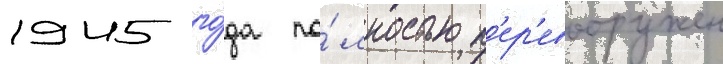
1945 го́да по́лностью п'ер'евооружен